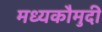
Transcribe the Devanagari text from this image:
मध्यकौमुदी